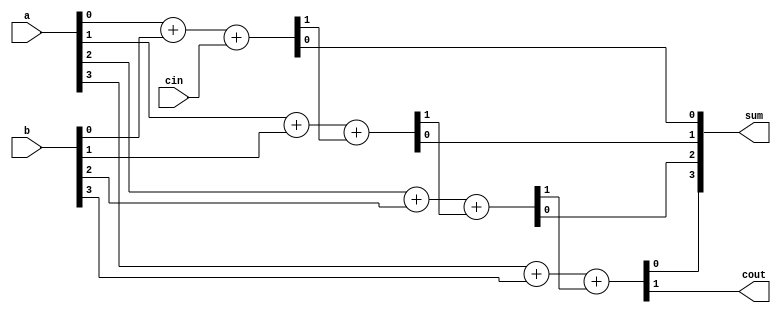
// 4-Bit Adder using Concatenation
// Created by Nitheesh Kumar - Aug 02 2020

module adder_4b_cat (
	input [3:0] a,b,
	input cin,
	output reg [3:0] sum,
	output reg cout);

reg [2:0] c; // Intermediate Carry
always @(a or b or cin)
begin

{c[0],sum[0]} = a[0] + b[0] + cin;
{c[1],sum[1]} = a[1] + b[1] + c[0];
{c[2],sum[2]} = a[2] + b[2] + c[1];
{cout,sum[3]} = a[3] + b[3] + c[2];

end

endmodule